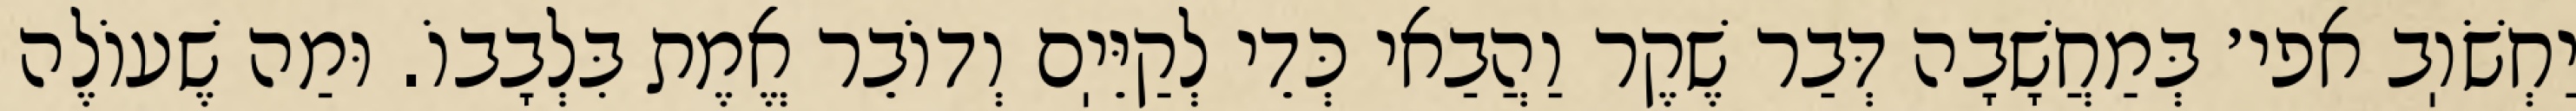
יַחְשֹׁוֽב אפי׳ בְּמַחֲשָׁבָה דְּבַר שֶׁקֶר וַהֲבַאי כְּדֵי לְקַיֵּיֽם וְדוֹבֵר אֱמֶת בִּלְבָבוֹ. וּמַה שֶׁעוֹלֶה